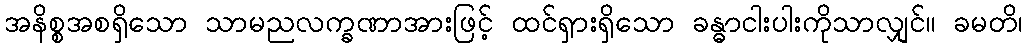
အနိစ္စအစရှိသော သာမညလက္ခဏာအားဖြင့် ထင်ရှားရှိသော ခန္ဓာငါးပါးကိုသာလျှင်။ ခမတိ၊